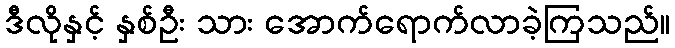
ဒီလိုနှင့် နှစ်ဦး သား အောက်ရောက်လာခဲ့ကြသည်။